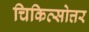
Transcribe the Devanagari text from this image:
चिकित्सोत्तर